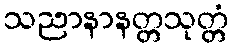
သညာနာနတ္တသုတ္တံ